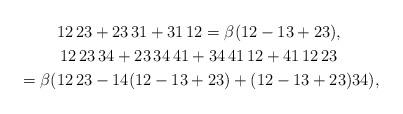
LaTeX: \begin{gather*}12\,23 +23\,31 + 31\,12 = \beta (12-13+23),\\ 12\,23\,34 + 23\,34\,41+ 34\,41\,12 + 41\,12\,23\\ {} = \beta ( 12\,23 - 14(12 -13+23) + (12-13 +23) 34 ),\end{gather*}